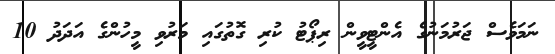
ނަމަވެސް ޖަރުމަނުގެ އެންޓީވީން ރިޕޯޓު ކުރި ގޮތުގައި މަރުވި މީހުންގެ އަދަދު 10